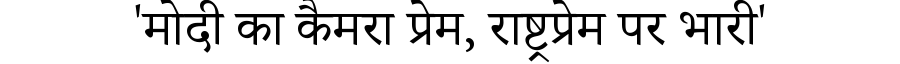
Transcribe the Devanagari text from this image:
'मोदी का कैमरा प्रेम, राष्ट्रप्रेम पर भारी'